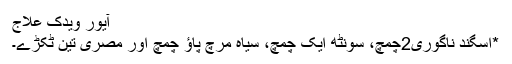
آیور ویدک علاج
*اسگند ناگوری2چمچ، سونٹھ ایک چمچ، سیاہ مرچ پاؤ چمچ اور مصری تین ٹکڑے۔